V__Kingissepa_nim__kolhoos, lk 49
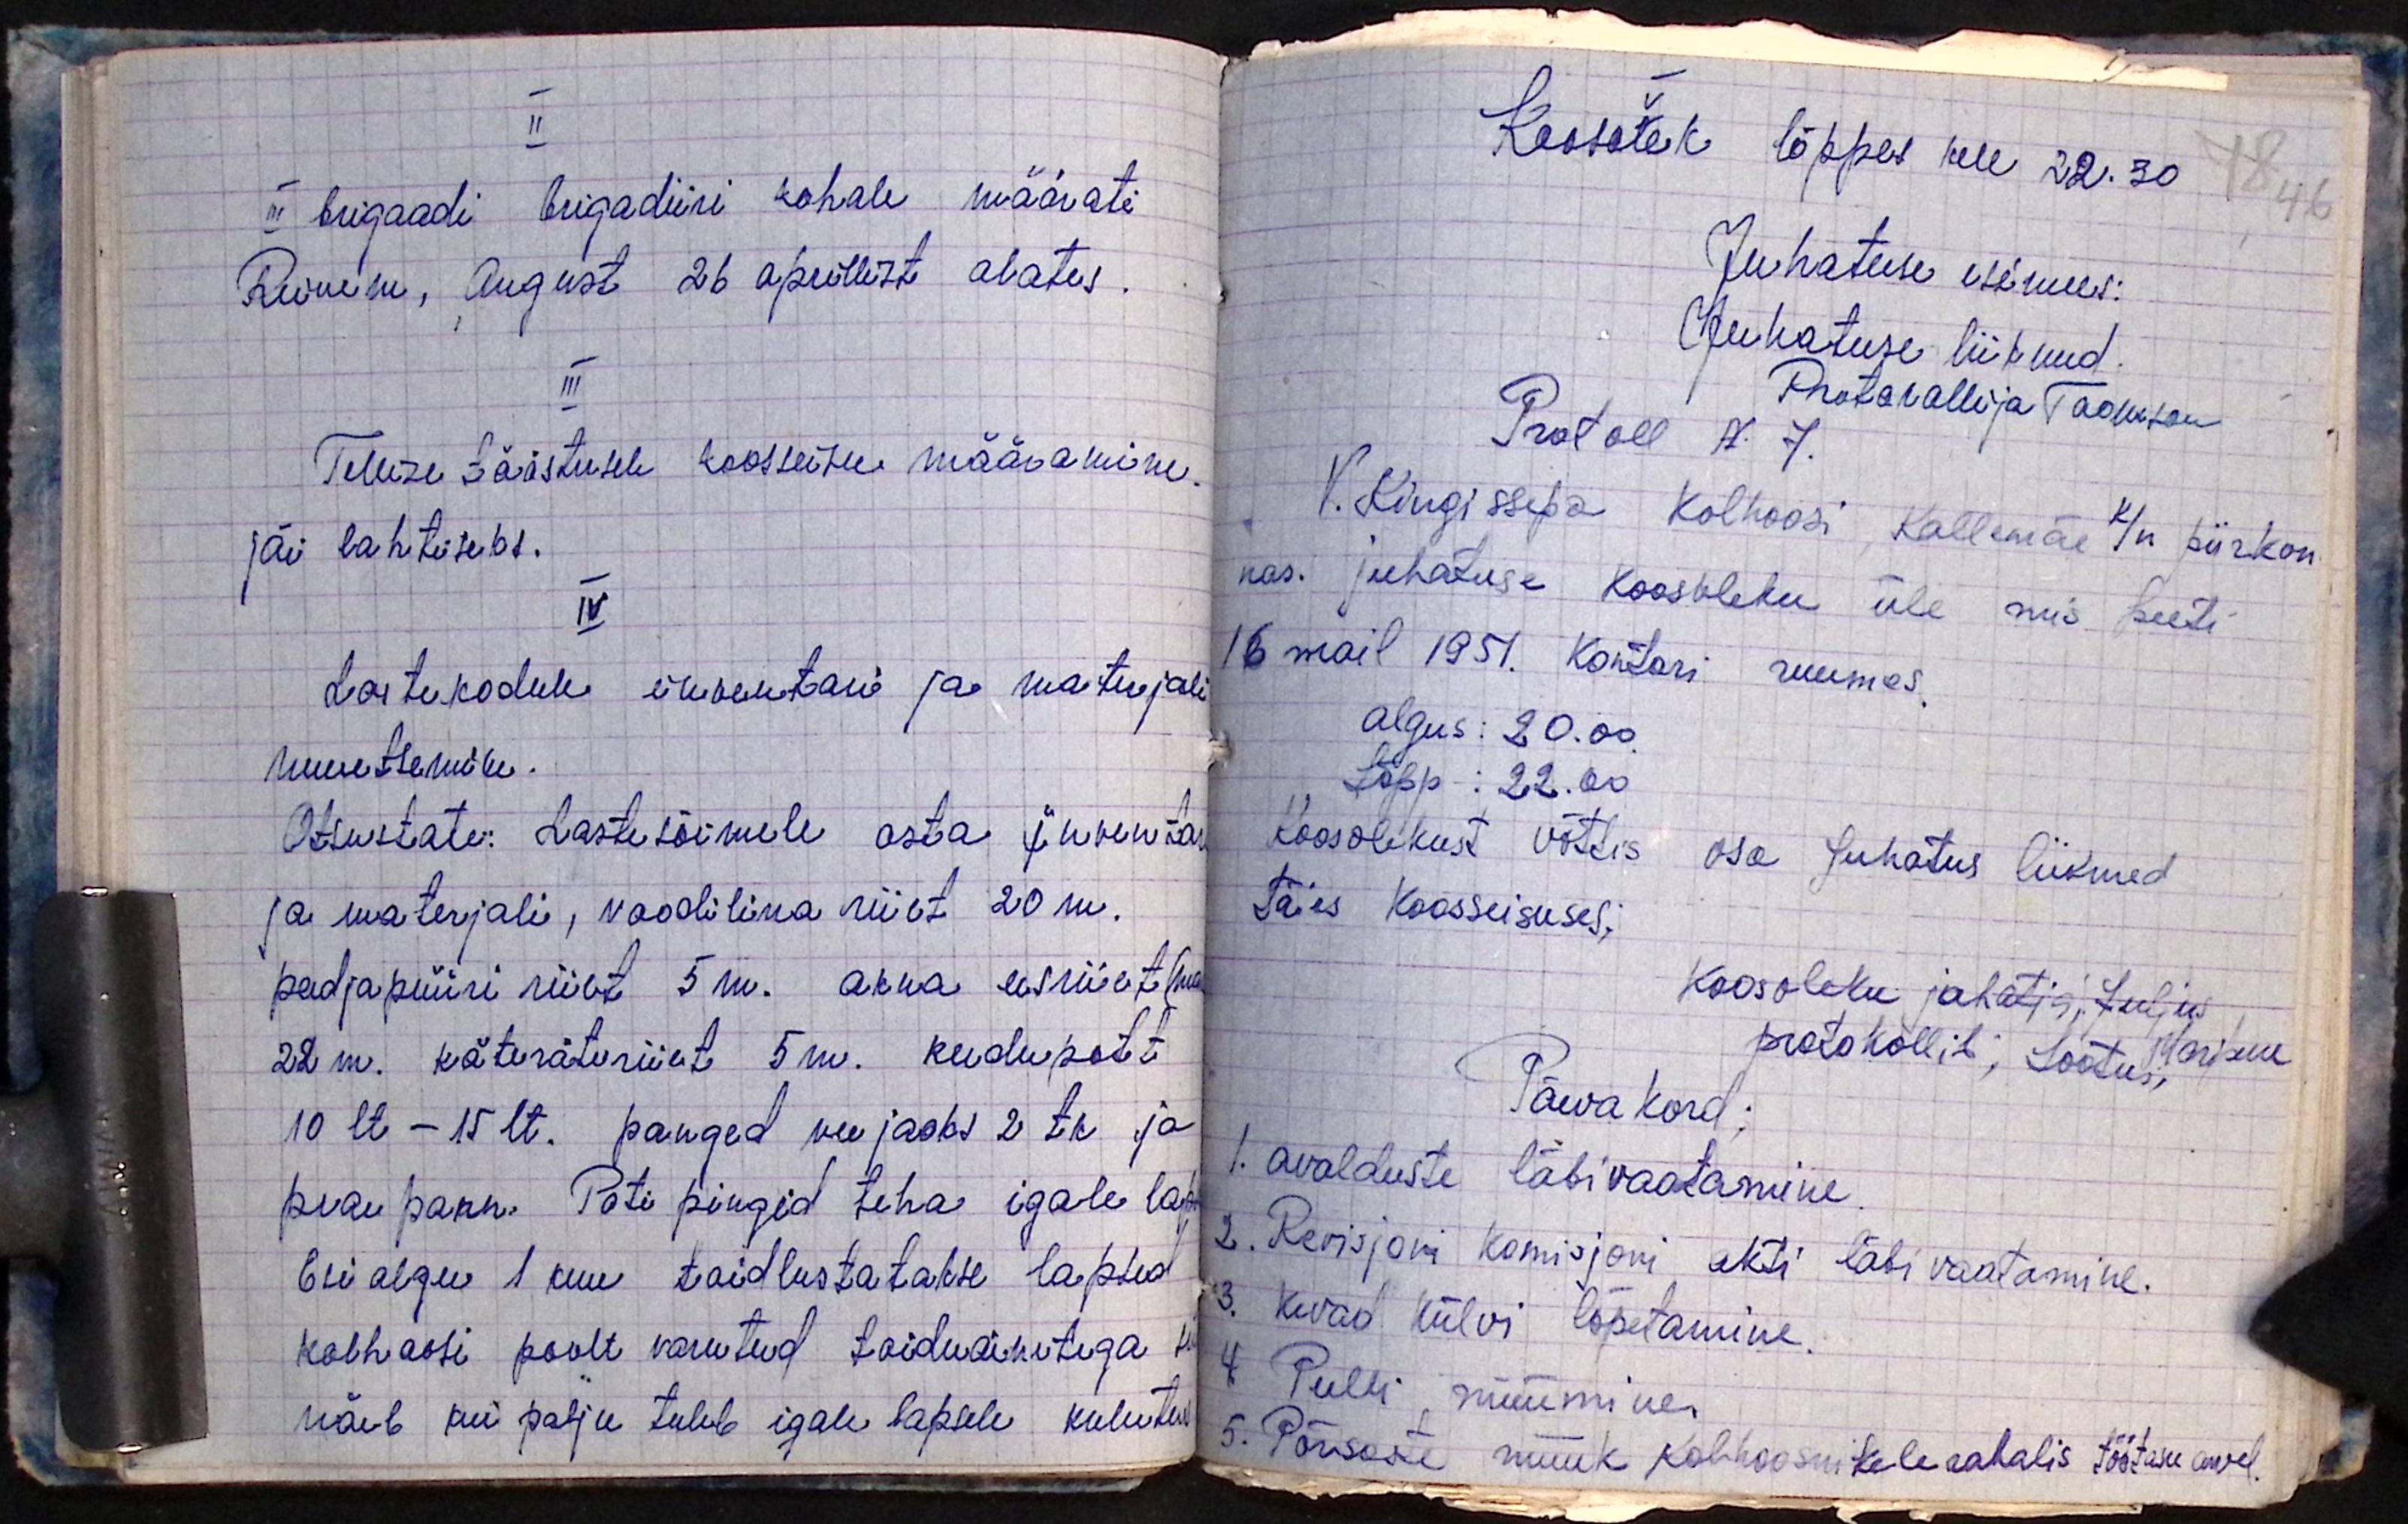
II
III brigaadi brigadiiri kohale määrati
Reinem, August 26 aprillist alates.
III
Tellise tööstusele koosseisu määramine.
jäi lahtiseks.
IV
Lastekodule inventari ja materjali
muretsemine.
Otsustati: Lastesõimele osta inventari
ja materjali, voodilina riiet 20 m.
padjapüüri riiet 5 m. akna eesriiet hoid
22 m. käteräti riiet 5 m. keedupott
10 lt - 15 lt. panged vee jaoks 2 tk ja
praepann. Poti pingid teha igale lap
Esialgu 1 kuu toidlustatakse lapsed
kolhoosi poolt varutud toiduainetega
näib kui palju tuleb igale lapsele kulutus

V
Koosolek lõppes kell 22.30
Juhatuse esimees:
Juhatuse liikmed
Protokollija Taarason
Protoll N. 7.
V. Kingissepa Kolhoosi, Kallemäe k/n piirkon-
nas. juhatuse koosoleku üle mis peeti
16 mail 1951. Kontori ruumes.
Algus: 20.00.
Lõpp: 22.00
Koosolekust võttis osa Juhatus liikmed
täies koosseisuses;
Koosoleku juhataja; Julius,
protokollib; Lootus, Maripuu
Päevakord;
1. Avalduste läbivaatamine.
2. Revisjoni komisjoni akti läbivaatamine.
3. Kevad külvi lõpetamine.
4. Pulli müümine.
5. Põrsaste müük kolhoosnikele rahalis töötasu arvel.